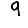
Digit: 9